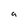
Character: 9